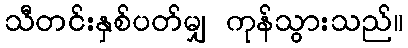
သီတင်းနှစ်ပတ်မျှ ကုန်သွားသည်။